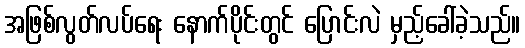
အဖြစ်လွတ်လပ်ရေး နောက်ပိုင်းတွင် ပြောင်းလဲ မှည့်ခေါ်ခဲ့သည်။